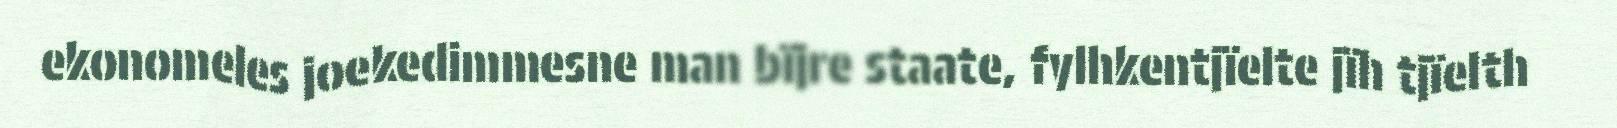
ekonomeles joekedimmesne man bïjre staate, fylhkentjïelte jïh tjïelth